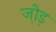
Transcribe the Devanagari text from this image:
जो़ड़